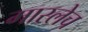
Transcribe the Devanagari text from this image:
मारलेच